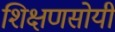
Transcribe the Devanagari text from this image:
शिक्षणसोयी